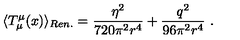
\langle T _ { \mu } ^ { \mu } ( x ) \rangle _ { R e n . } = \frac { \eta ^ { 2 } } { 7 2 0 \pi ^ { 2 } r ^ { 4 } } + \frac { q ^ { 2 } } { 9 6 \pi ^ { 2 } r ^ { 4 } } \ .